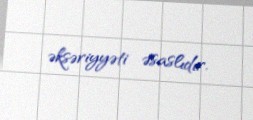
əksəriyyəti əsaslıdır.